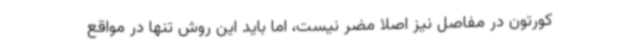
کورتون در مفاصل نیز اصلا مضر نیست، اما باید این روش تنها در مواقع